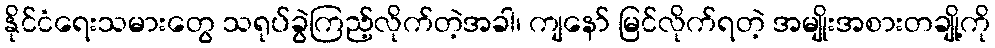
နိုင်ငံရေးသမားတွေ သရုပ်ခွဲကြည့်လိုက်တဲ့အခါ၊ ကျနော် မြင်လိုက်ရတဲ့ အမျိုးအစားတချို့ကို